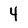
Character: 4